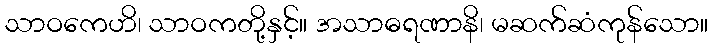
သာဝကေဟိ၊ သာဝကတို့နှင့်။ အသာဓရဏာနိ၊ မဆက်ဆံကုန်သော။